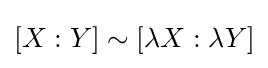
[X:Y]\sim [\lambda X:\lambda Y]